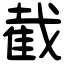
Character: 截